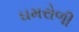
ઘમરોળી